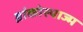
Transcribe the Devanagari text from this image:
ब्रांकोस्पाज्म